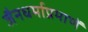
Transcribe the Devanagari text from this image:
जैनधर्माप्रमाणें